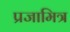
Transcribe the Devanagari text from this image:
प्रजामित्र